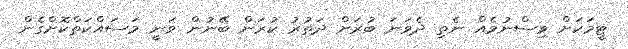
ޓީމަކަށް ވިސްނުމެއް ނެތި ދެވަނަ ބުރަށް ދަތުރު ކުރަން ބޭނުން ވަނީ މަސައްކަތްކޮށްގެން